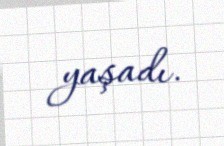
yaşadı.